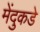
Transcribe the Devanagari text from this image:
मेंदुकडे